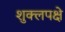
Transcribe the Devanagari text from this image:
शुक्लपक्षे